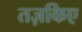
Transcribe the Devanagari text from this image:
तज़किए